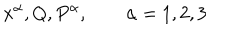
LaTeX: x ^ { \alpha } , Q , P ^ { \alpha } , \qquad \alpha = 1 , 2 , 3